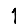
Digit: 1